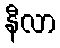
နီလာ